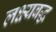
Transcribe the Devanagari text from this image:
लक्ष्यबद्ध